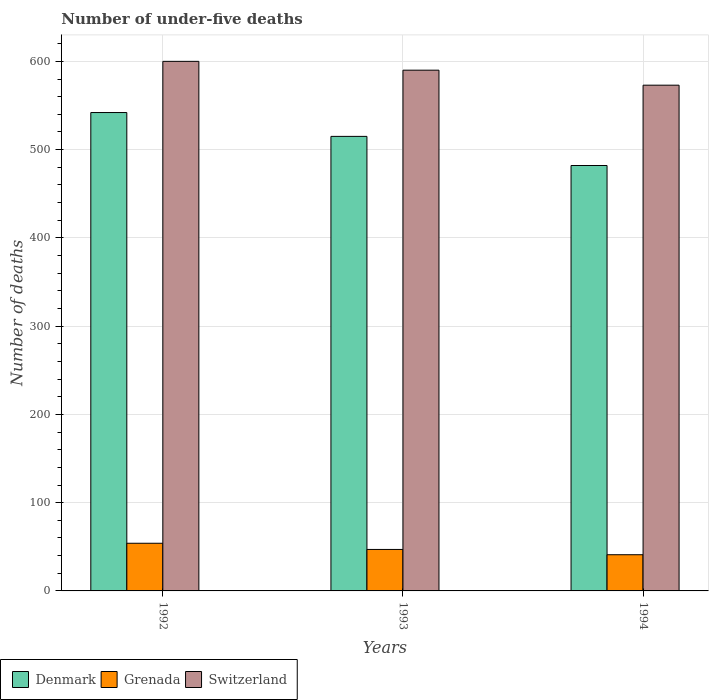
| Years | Denmark | Grenada | Switzerland |
 | --- | --- | --- | --- |
 | 1992 | 542 | 54 | 600 |
 | 1993 | 515 | 47 | 590 |
 | 1994 | 482 | 41 | 573 |